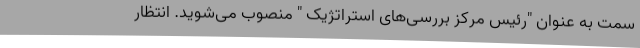
سمت به عنوان "رئیس مرکز بررسی‌های استراتژیک " منصوب می‌شوید. انتظار